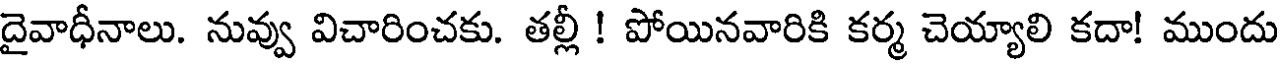
దైవాధీనాలు. నువ్వు విచారించకు. తల్లీ ! పోయినవారికి కర్మ చెయ్యాలి కదా! ముందు